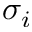
\sigma _ { i }